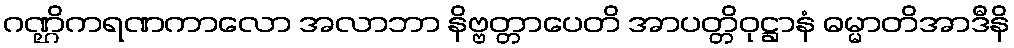
ဂဏ္ဌိကရဏကာလော အလာဘာ နိဗ္ဗတ္တာပေတိ အာပတ္တိဝုဋ္ဌာနံ ဓမ္မာတိအာဒီနိ